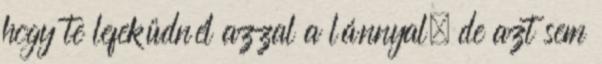
hogy te lefeküdnél azzal a lánnyal, de azt sem